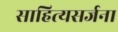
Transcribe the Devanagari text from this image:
साहित्यसर्जना